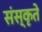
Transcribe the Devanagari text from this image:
संस्कृते